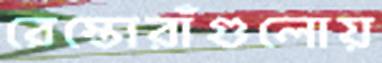
রেস্তোরাঁগুলোয়